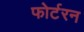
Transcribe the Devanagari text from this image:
फोर्टरन